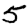
Digit: 5